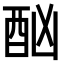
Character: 酗